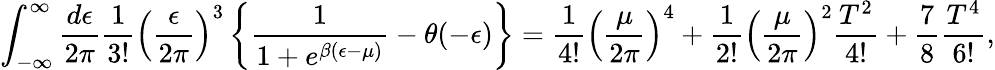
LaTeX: \int_{-\infty}^{\infty}{\frac{d\epsilon}{2\pi}}{\frac{1}{3!}}\left({\frac{\epsilon}{2\pi}}\right)^{3}\left\{ {\frac{1}{1+e^{\beta(\epsilon-\mu)}}}-\theta(-\epsilon)\right\} ={\frac{1}{4!}}\left({\frac{\mu}{2\pi}}\right)^{4}+{\frac{1}{2!}}\left({\frac{\mu}{2\pi}}\right)^{2}{\frac{T^{2}}{4!}}+{\frac{7}{8}}{\frac{T^{4}}{6!}},